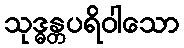
သုဒ္ဓန္တပရိဝါသော